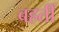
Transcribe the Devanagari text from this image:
बहतीं